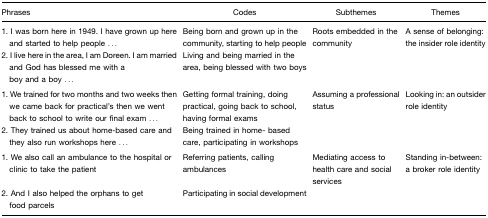
| <COLSPAN=2> Phrases | Codes | Subthemes | Themes |
 | --- | --- | --- | --- | --- |
 | 1. | I was born here in 1949. I have grown up here and started to help people ... | Being born and grown up in the community, starting to help people | Roots embedded in the community | A sense of belonging: the insider role identity |
 | 2. | I live here in the area, I am Doreen. I am married and God has blessed me with a boy and a boy ... | Living and being married in the area, being blessed with two boys |  |  |
 | 1. | We trained for two months and two weeks then we came back for practical's then we went back to school to write our final exam ... | Getting formal training, doing practical, going back to school, having formal exams | Assuming a professional status | Looking in: an outsider role identity |
 | 2. | They trained us about home-based care and they also run workshops here ... | Being trained in home- based care, participating in workshops |  |  |
 | 1. | We also call an ambulance to the hospital or clinic to take the patient | Referring patients, calling ambulances | Mediating access to health care and social services | Standing in-between: a broker role identity |
 | 2. | And I also helped the orphans to get food parcels | Participating in social development |  |  |